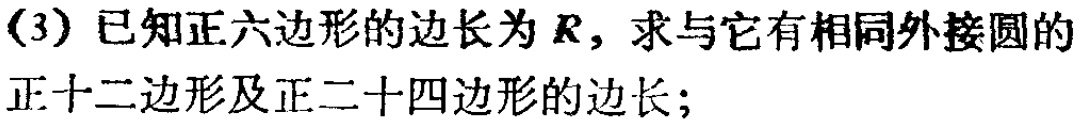
(3) 已知正六边形的边长为 \(R\)，求与它有相同外接圆的正十二边形及正二十四边形的边长；